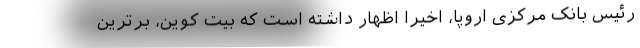
رئیس بانک مرکزی اروپا، اخیراً اظهار داشته است که بیت کوین، برترین